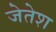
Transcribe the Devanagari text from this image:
जेतेश